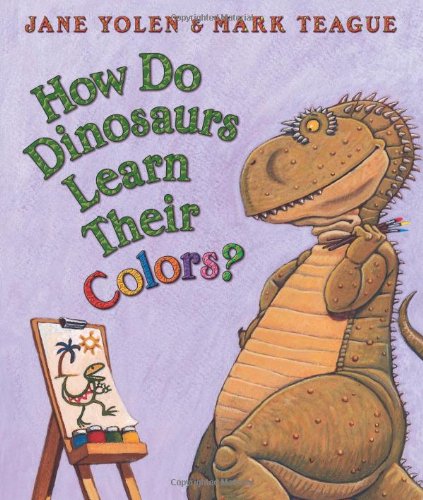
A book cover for How Do Dinosaurs Learn Their Colors?; Jane Yolen; Children's Books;